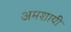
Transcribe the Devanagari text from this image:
अमशायी